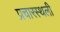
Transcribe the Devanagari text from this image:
प्रचारस्‍थली